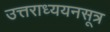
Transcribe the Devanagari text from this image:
उत्तराध्ययनसूत्र